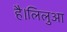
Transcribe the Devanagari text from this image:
है।लिलुआ